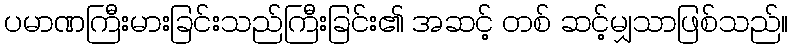
ပမာဏကြီးမားခြင်းသည်ကြီးခြင်း၏ အဆင့် တစ် ဆင့်မျှသာဖြစ်သည်။